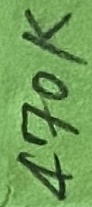
Text: 470K